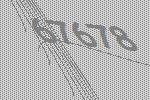
67678